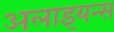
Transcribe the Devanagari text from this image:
अलाइयन्स